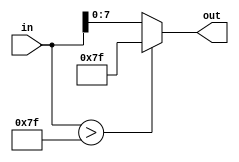
`timescale 1ns / 1ps
//////////////////////////////////////////////////////////////////////////////////
// Company: 
// Engineer: 
// 
// Design Name: 
// Module Name:    Saturation 
// Project Name: 
// Target Devices: 
// Tool versions: 
// Description: 
//
// Dependencies: 
//
// Revision: 
// Revision 0.01 - File Created
// Additional Comments: 
//
//////////////////////////////////////////////////////////////////////////////////
module saturation (input [20:0]in, output reg [7:0]out);
	always @(in) begin
		if (in > 21'b000000000000001111111) out <= 8'b01111111;
		else out <= in[7:0];
		// **********************************
	end
endmodule